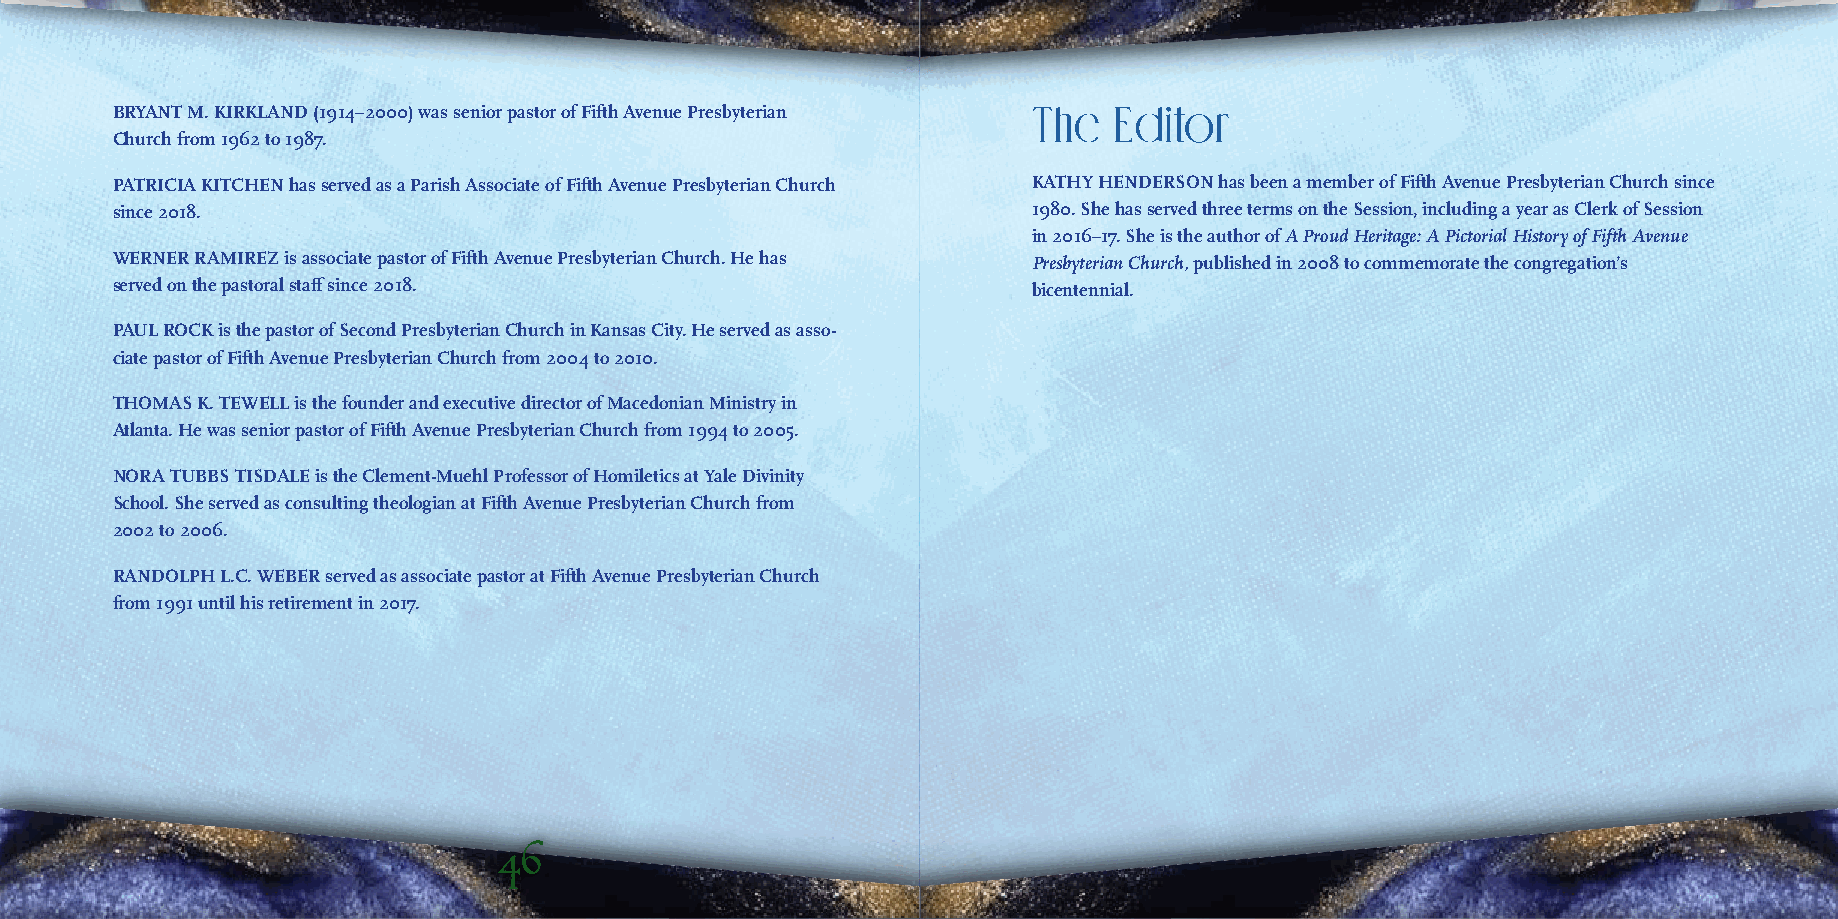
BRYANT M. KIRKLAND (1914–2000) was senior pastor of Fifth Avenue Presbyterian The Editor
 Church from 1962 to 1987.
 PATRICIA KITCHEN has served as a Parish Associate of Fifth Avenue Presbyterian Church KATHY HENDERSON has been a member of Fifth Avenue Presbyterian Church since
 since 2018.                                                  1980. She has served three terms on the Session, including a year as Clerk of Session
 in 2016–17. She is the author of A Proud Heritage: A Pictorial History of Fifth Avenue
 WERNER RAMIREZ is associate pastor of Fifth Avenue Presbyterian Church. He has Presbyterian Church, published in 2008 to commemorate the congregation’s
 served on the pastoral staff since 2018.                     bicentennial.
 PAUL ROCK is the pastor of Second Presbyterian Church in Kansas City. He served as asso-
 ciate pastor of Fifth Avenue Presbyterian Church from 2004 to 2010.
 THOMAS K. TEWELL is the founder and executive director of Macedonian Ministry in
 Atlanta. He was senior pastor of Fifth Avenue Presbyterian Church from 1994 to 2005.
 NORA TUBBS TISDALE is the Clement-Muehl Professor of Homiletics at Yale Divinity
 School. She served as consulting theologian at Fifth Avenue Presbyterian Church from
 2002 to 2006.
 RANDOLPH L.C. WEBER served as associate pastor at Fifth Avenue Presbyterian Church
 from 1991 until his retirement in 2017.
 46